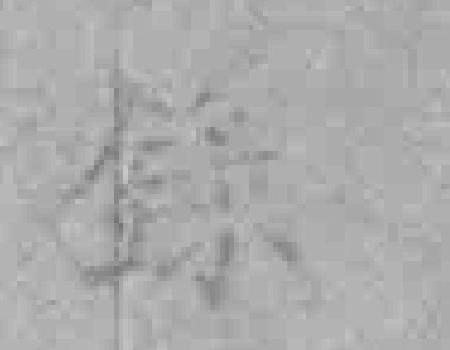
錄